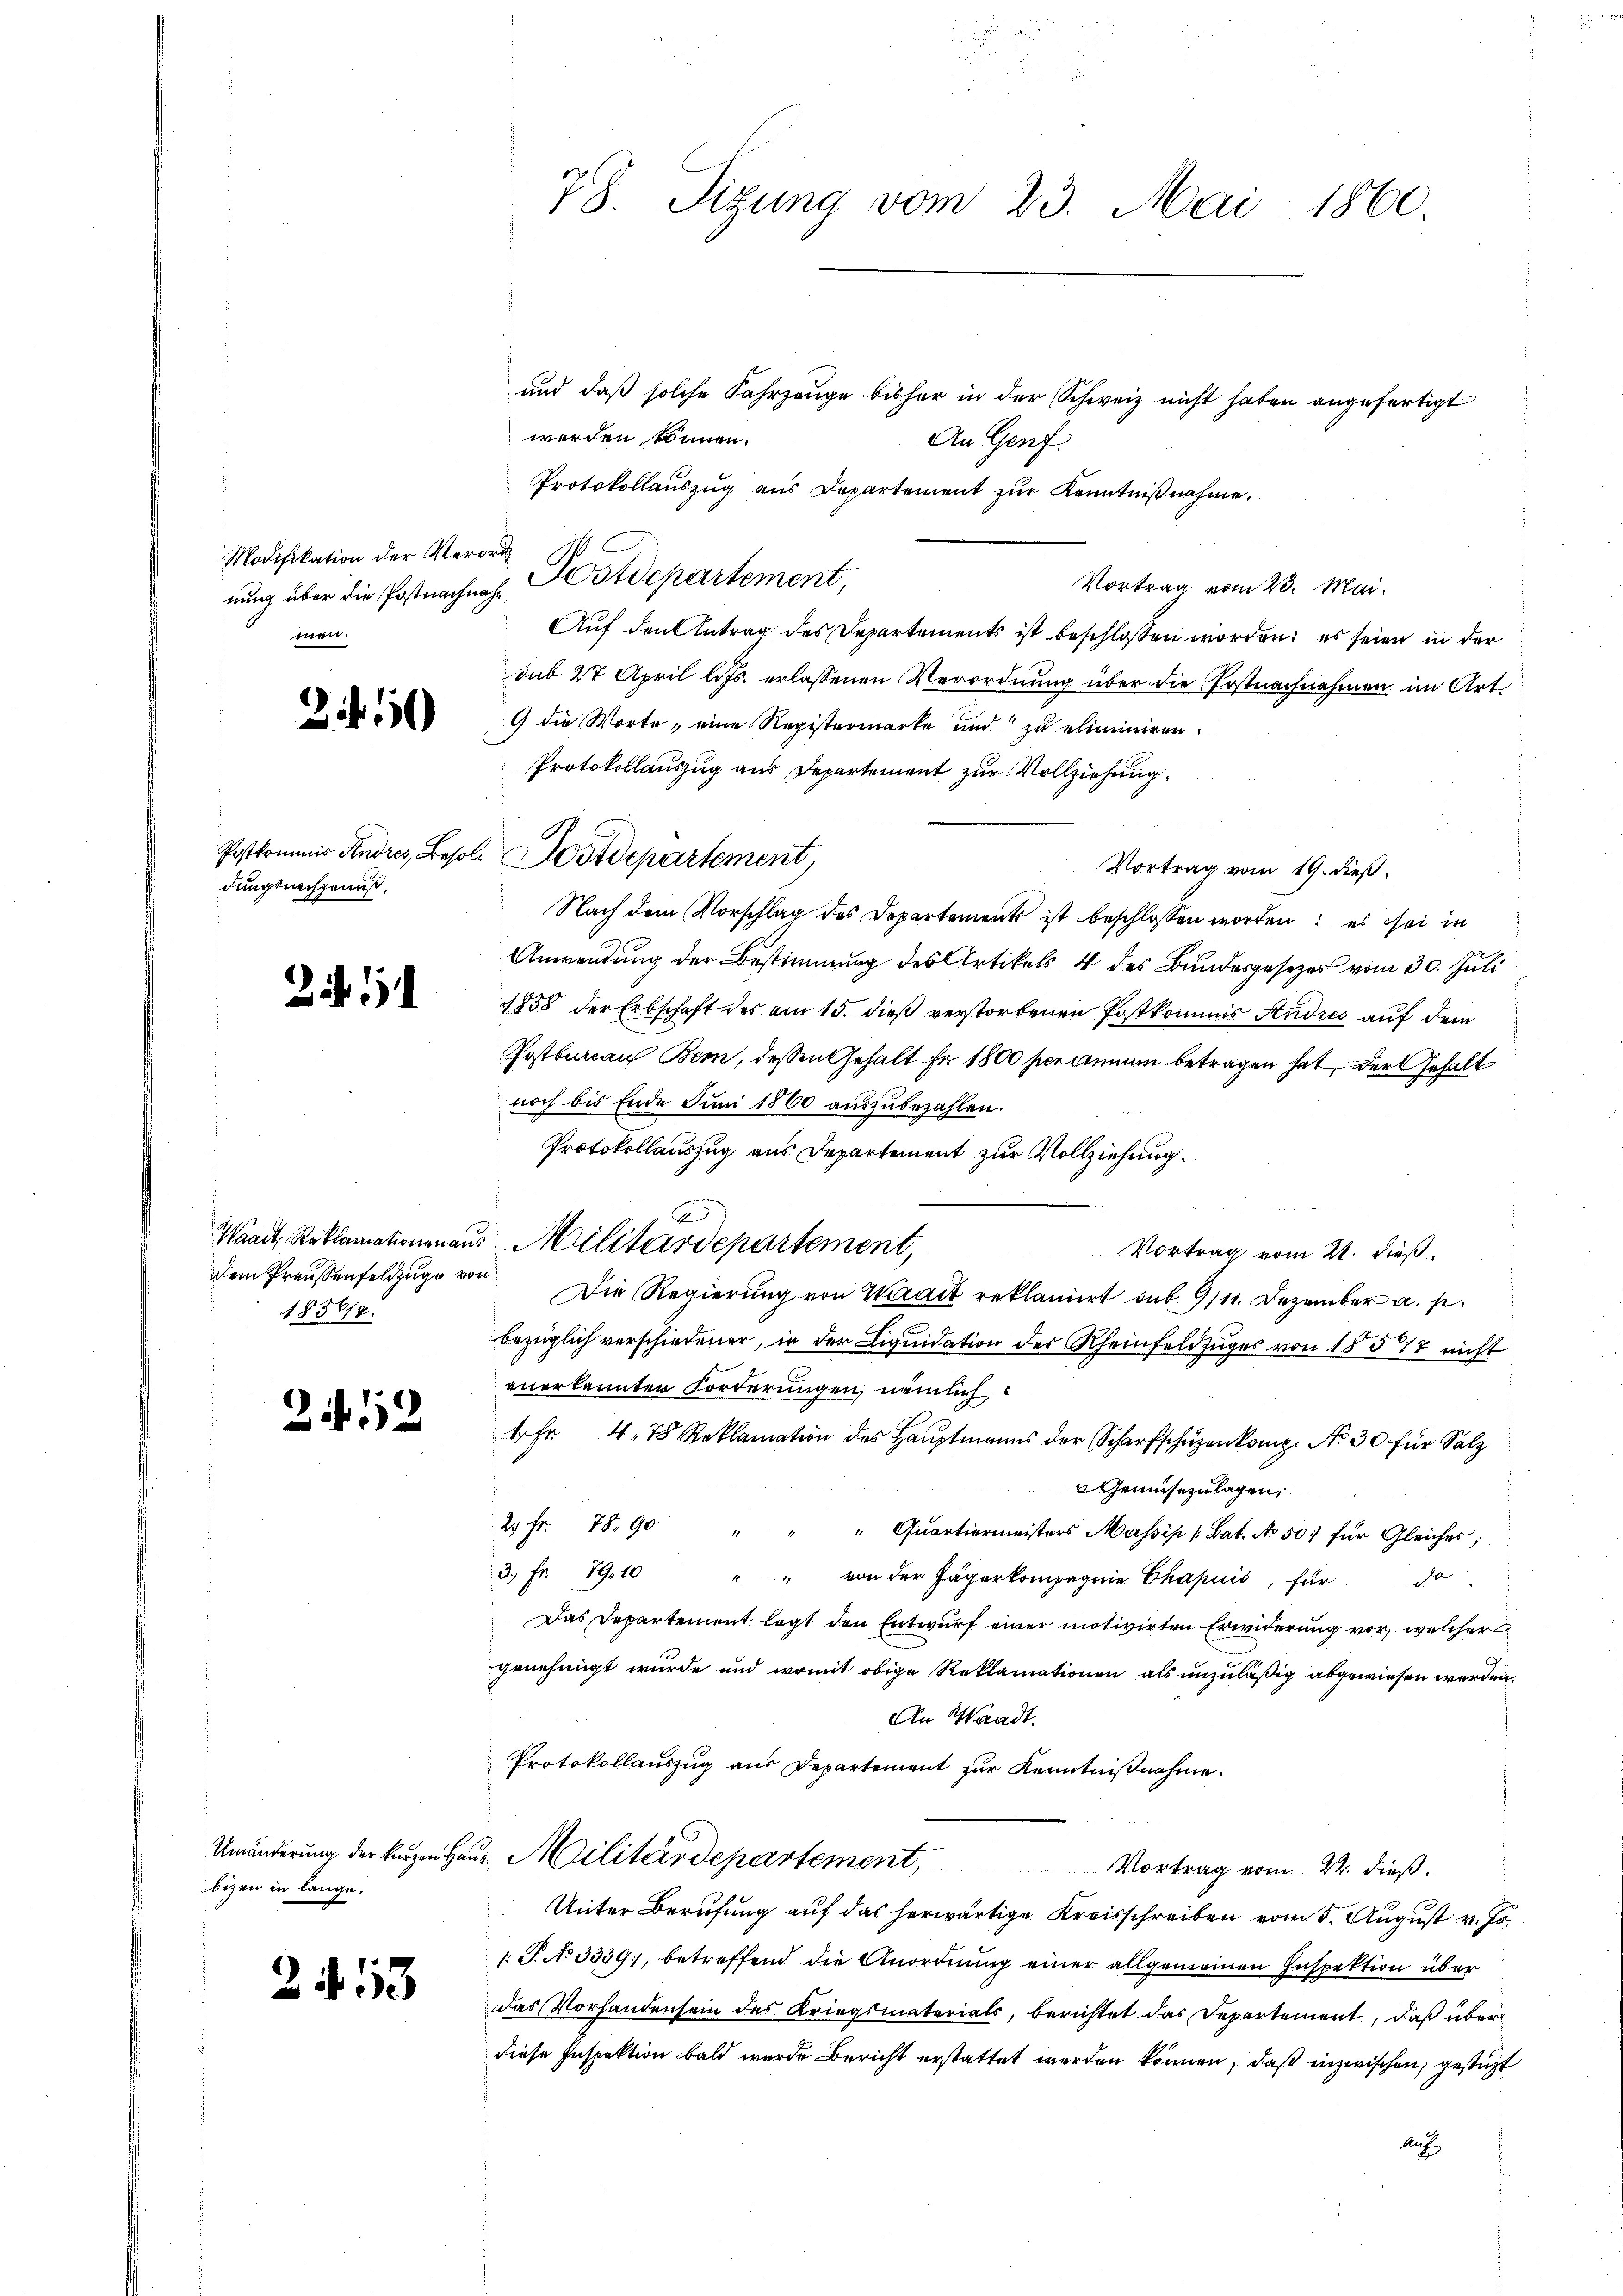
250

dungsnachgenuß,

2.11

dem Preußenfeldzuge von
18568.

2412

bizen in lange.

2f 53

Modifikation der Verordmen.

78. Sizung vom 23. Mai 1860.

und daß solche Fahrzeuge bisher in der Schweiz nicht haben angefertigt
werden können.
An Genf.
Protokollauszug aus Departement zŭr Kenntnißnahme.
nung über die Postnachnah. Ustdepartement,
Vortrag vom 23. Mai.
Auf den Antrag des Departements ist beschlossen worden, es seien in der
sub 27 April lits. erlassenen Verordnung über die Erstnachnahmen im Art.
9 die Worte, eine Registermarke und zu eliminiren.
Protokollauszug aus Departement zur Vollziehung.
Vortrag vom 19. dieß
Nach dem Vorschlag des Departements ist beschlossen worden: es sei in
Anwendung der Bestimmung des Artikels 4 des Bundesgesetzes vom 30. Juli
1858 der Erbschaft des am 15. dieß verstorbenen Postkommis Studres auf dem
Postbureau Bern, dessen Gehalt Fr. 1800 percium betragen hat, der Gehalt
noch bis Ende Juni 1860 auszubezahlen.
Protokollauszug aus Departement zur Vollziehung.
Vortrag vom 21. dieß
Die Regierung von Karait reklamiert aus 9/11. Dezember a. p.
bezüglich verschiedener, in der Liquidation der Rheinfeldzuges von 1857 nicht
anerkannten Forderungen, nämlich
1fr. 4. 75 Reklamation des Haŭptmanns der Scharfschüzenkomp. No 30 für Salz
Gemüsezulagen,
29 Fr. 78. 90
Quartiermeisters Massip [Bat. No 50 für Gleiches;
3. Fr. 79. 10
" " von der Jägerkompagnie Chapuis, für d
Das Departement legt den Entwurf einer motivirten Erwiderung vor, welcher
genehmigt wurde und womit obige Reklamationen als unzuläßig abgewiesen werden.
An Waadt.
Protokollauszug aus Departement zur Kenntnißnahme.
Umänderung der kurzen Haus Militärdepartement, Vortrag vom 22. dieß.
Unter Berufung auf das herwärtige Kreisschreiben vom 5. August v. Js.
 P. N. 3339), betreffend die Anordnung einer allgemeinen Inspektion über
das Vorhandensein des Kriegsmaterials, berichtet das Departement, daß über
diese Inspektion bald wurde Bericht erstattet werden können, daß inzwischen, gestüzt
Auf

G.
Postkommis Andres, Besold Westdepartement,

Waadt Reklamationen aus Militärdepartement,